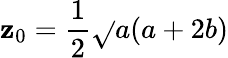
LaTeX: \mathbf{z}_{0}=\frac{{1}}{{2}}\sqrt{}{{a(a+2b)}}